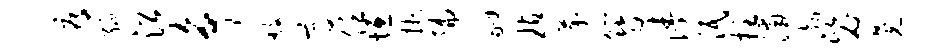
辱绿沿争馥高任垣掖编翮玷芥簪涛泯拄浦渤毖晃